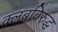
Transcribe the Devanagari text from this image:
क्लबविरुद्ध